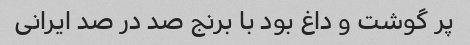
پر گوشت و داغ بود با برنج صد در صد ایرانی